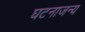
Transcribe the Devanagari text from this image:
घटनाजन्य